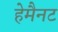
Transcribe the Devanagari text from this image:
हेमैनट